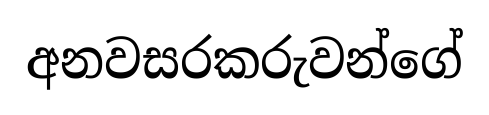
අනවසරකරුවන්ගේ